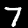
Label: 7